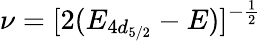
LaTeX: \nu=[2(E_{4d_{5/2}}-E)]^{-\frac{1}{2}}